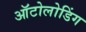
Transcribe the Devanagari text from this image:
ऑटोलोडिंग